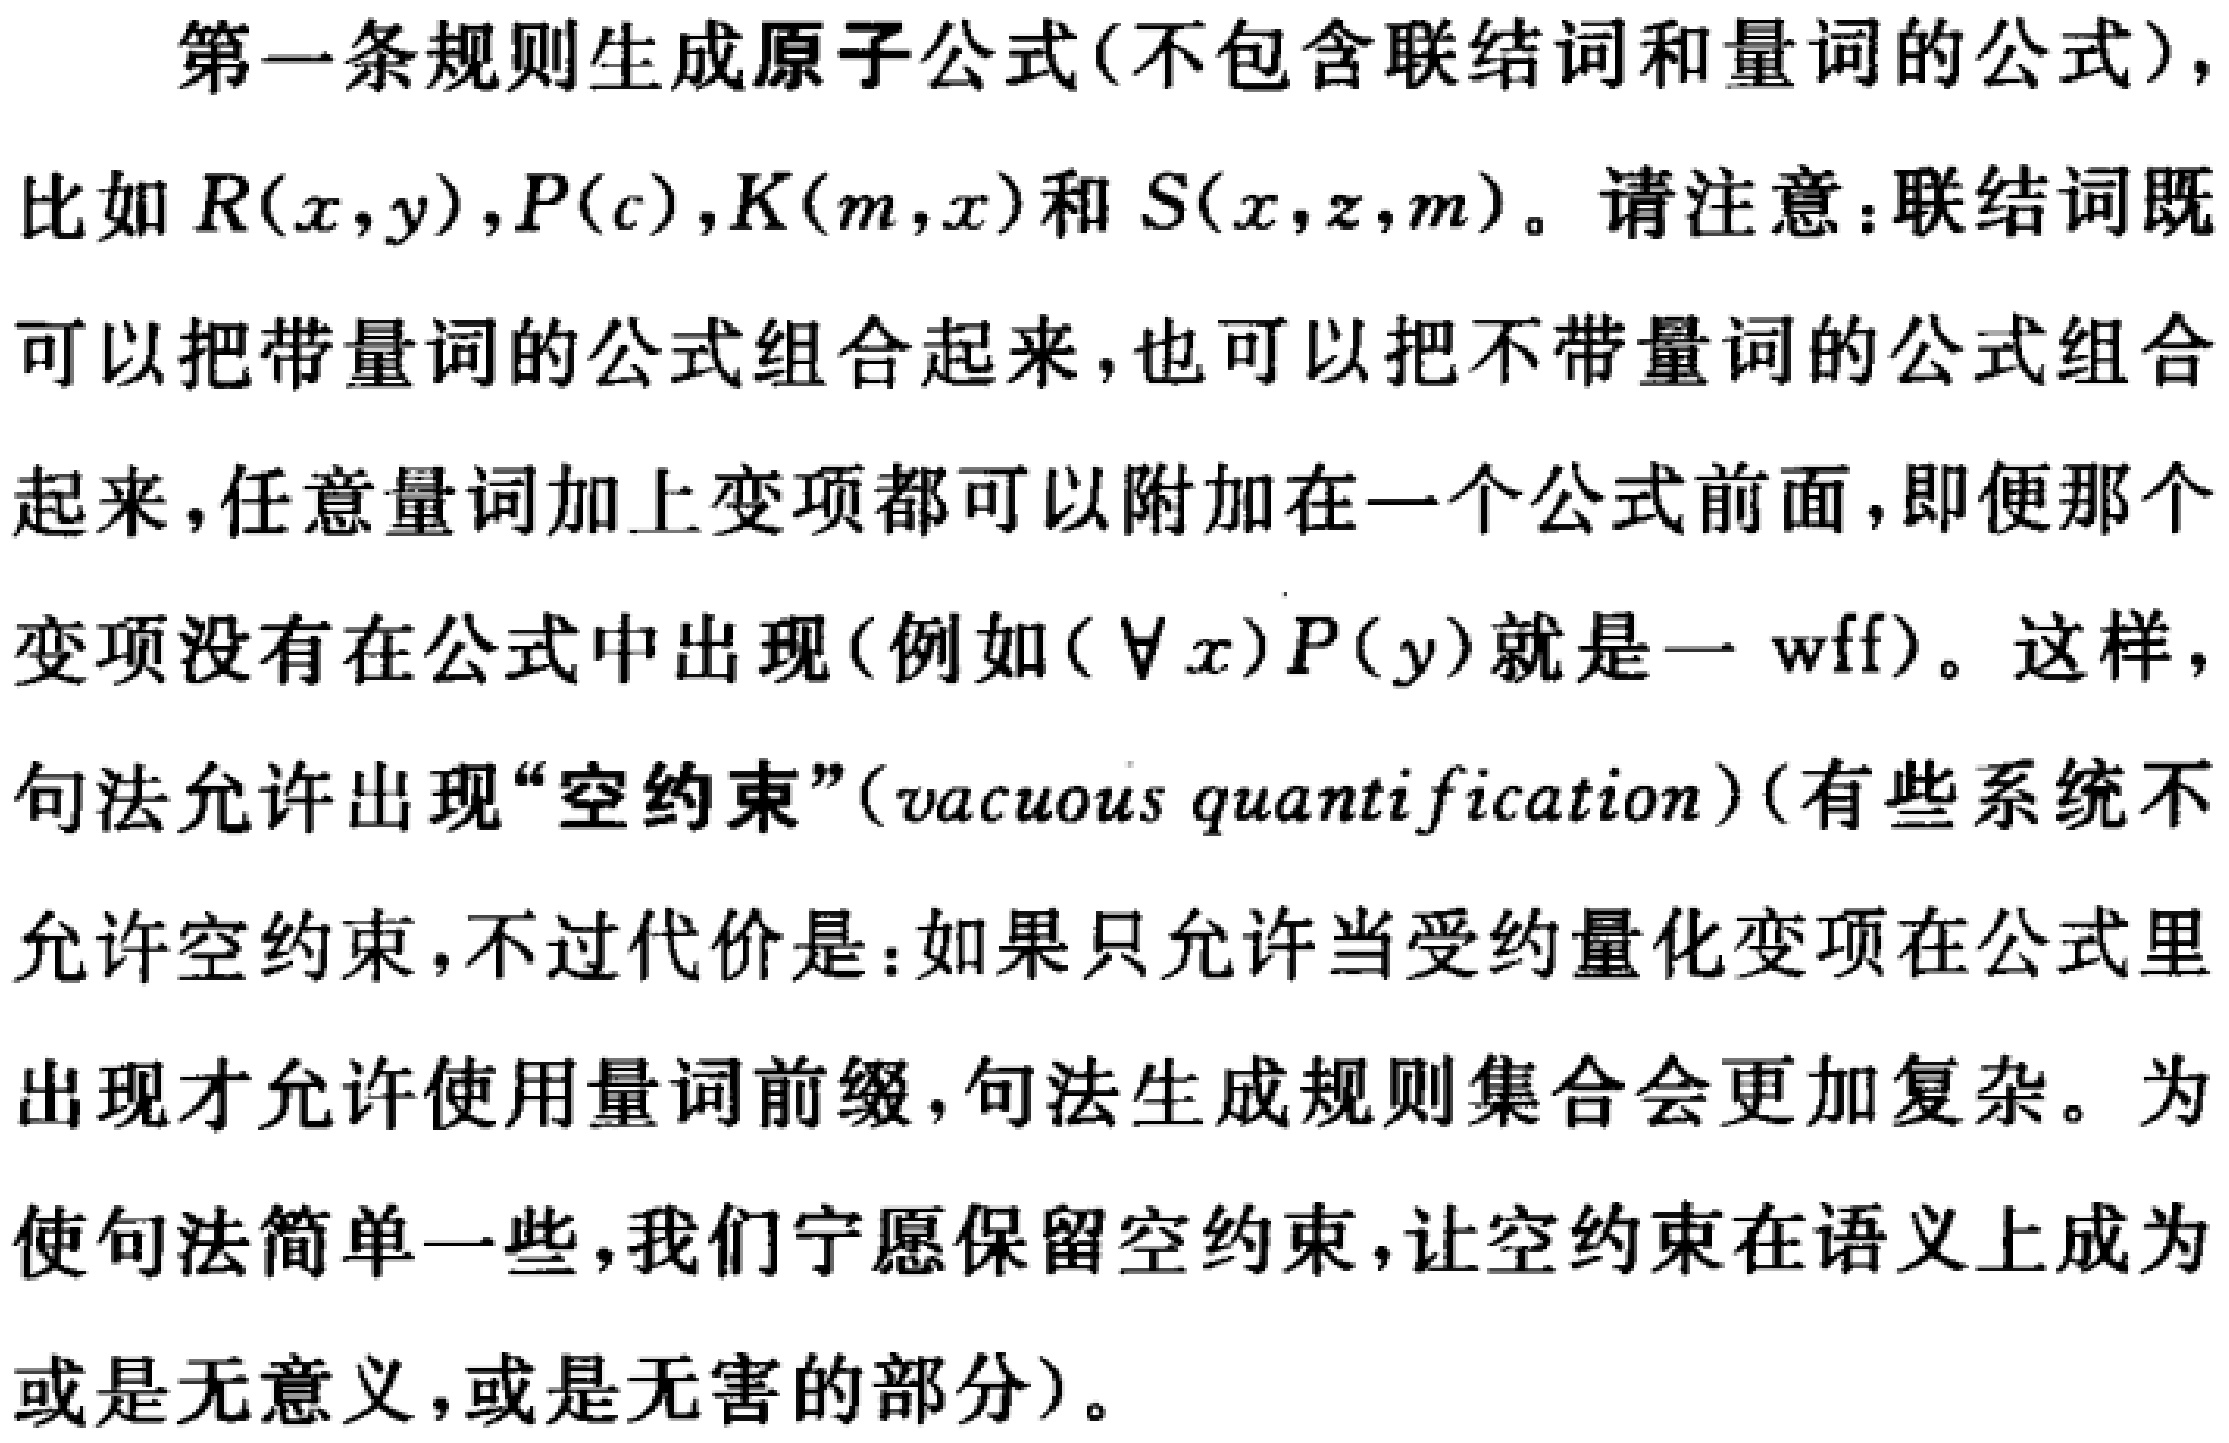
第一条规则生成原子公式(不包含联结词和量词的公式)，
比如 \(R(x,y),P(c),K(m,x)\) 和 \(S(x,z,m)\)。请注意：联结词既
可以把带量词的公式组合起来，也可以把不带量词的公式组合
起来，任意量词加上变项都可以附加在一个公式前面，即便那个
变项没有在公式中出现(例如 \((\forall x)P(y)\) 就是一 wff)。这样，
句法允许出现“空约束”(vacuous quantification)(有些系统不
允许空约束，不过代价是：如果只允许当受约量化变项在公式里
出现才允许使用量词前缀，句法生成规则集合会更加复杂。为
使句法简单一些，我们宁愿保留空约束，让空约束在语义上成为
或是无意义，或是无害的部分)。